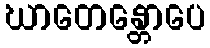
ဃာတေန္တောပေ